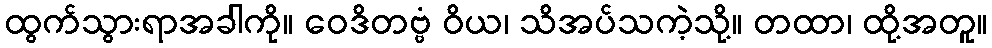
ထွက်သွားရာအခါကို။ ဝေဒိတဗ္ဗံ ဝိယ၊ သိအပ်သကဲ့သို့။ တထာ၊ ထို့အတူ။